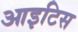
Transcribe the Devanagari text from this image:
आइटिस